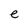
Character: e